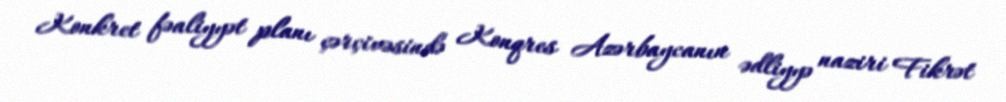
Konkret fəaliyyət planı çərçivəsində Konqres Azərbaycanın ədliyyə naziri Fikrət